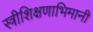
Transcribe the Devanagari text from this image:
स्त्रीशिक्षणाभिमानी